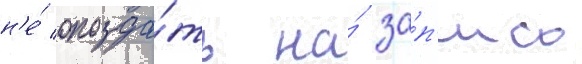
н'е́ опозда́ть на́ за́п'ись